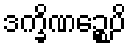
ဒက္ခိဏဉ္စေပိ